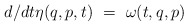
\begin{align*}{d}/{dt} \eta (q,p,t) \ = \ \omega (t,q,p)\end{align*}